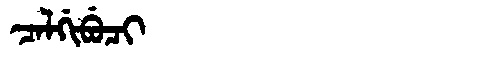
Manchu: ᠴᠠᠯᡤᡳᠪᡠᠴᡳ
Romanization: CALGIBUCI